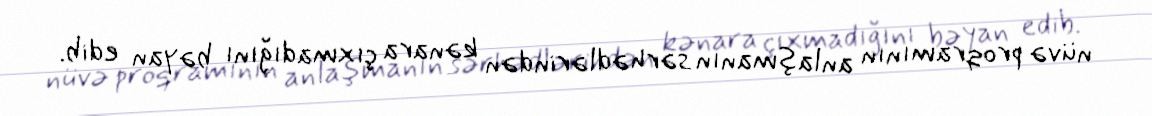
nüvə proqramının anlaşmanın sərhədlərindən kənara çıxmadığını bəyan edib.